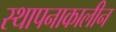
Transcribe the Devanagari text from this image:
स्थापनाकालीन